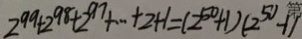
2 ^ { 9 9 } + 2 ^ { 9 8 } + 2 ^ { 9 7 } + \cdots + 2 + 1 = ( 2 ^ { 5 0 } + 1 ) ( 2 ^ { 5 0 } - 1 )